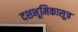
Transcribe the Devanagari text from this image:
दशभूमिकासूत्र